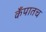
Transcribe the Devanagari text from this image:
कँपातच